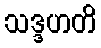
သဒ္ဒဟတိ